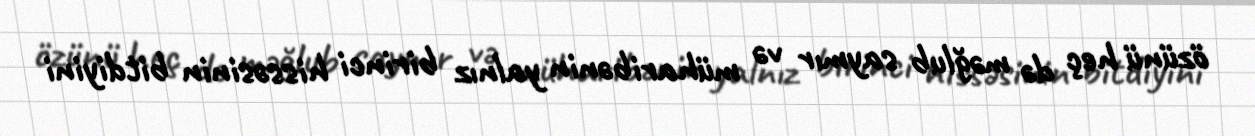
özünü heç də məğlub saymır və müharibənin yalnız birinci hissəsinin bitdiyini